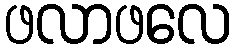
ဖလာဖလေ